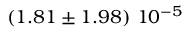
\left( 1 . 8 1 \pm 1 . 9 8 \right) \, 1 0 ^ { - 5 }